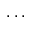
\cdot \cdot \cdot